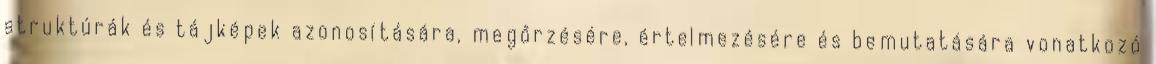
struktúrák és tájképek azonosítására, megőrzésére, értelmezésére és bemutatására vonatkozó